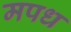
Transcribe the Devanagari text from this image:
मपध